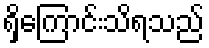
ရှိကြောင်းသိရသည်